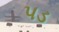
પડ